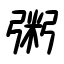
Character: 粥